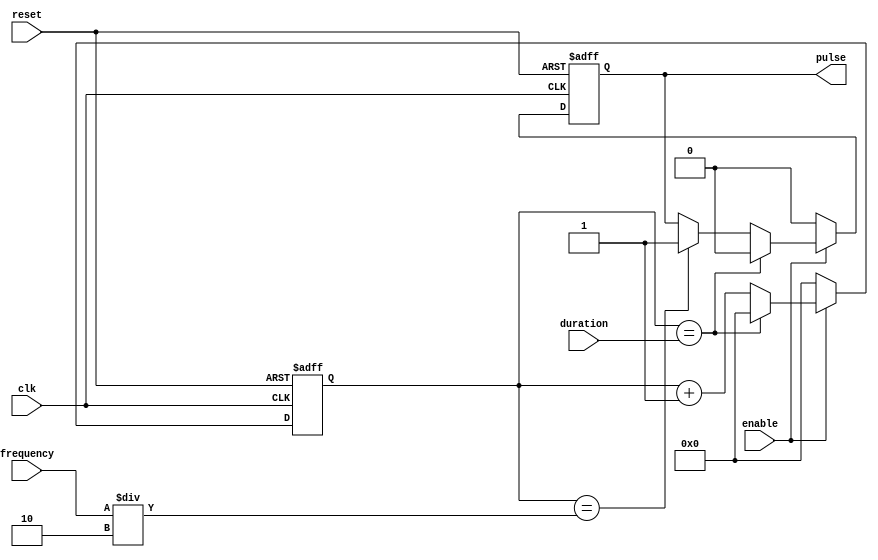
module pulse_generator (
  input wire clk,
  input wire reset,
  input wire enable,
  input wire [15:0] duration,
  input wire [15:0] frequency,
  output wire pulse
);

reg [15:0] count;
reg pulse_reg;

always @(posedge clk or posedge reset) begin
  if (reset) begin
    count <= 16'h0000;
    pulse_reg <= 1'b0;
  end else begin
    if (enable) begin
      if (count == duration) begin
        count <= 16'h0000;
        pulse_reg <= 1'b0;
      end else begin
        if (count == frequency/2) pulse_reg <= 1'b1;
        if (count == frequency) count <= count + 1;
        else count <= count + 1;
      end
    end else begin
      count <= 16'h0000;
      pulse_reg <= 1'b0;
    end
  end
end

assign pulse = pulse_reg;

endmodule